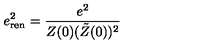
e _ { \mathrm { r e n } } ^ { 2 } = { \frac { e ^ { 2 } } { Z ( 0 ) ( \tilde { Z } ( 0 ) ) ^ { 2 } } }